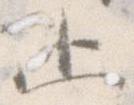
止